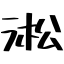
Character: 淞